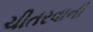
ચીતરવાની